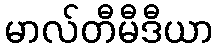
မာလ်တီမီဒီယာ